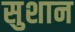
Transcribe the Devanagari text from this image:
सुशान